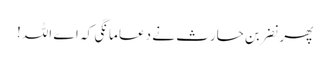
پھر نضر بن حارث نے دعا مانگی کہ اے اللہ!